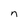
Character: n